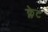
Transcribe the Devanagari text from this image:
क्लेट